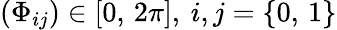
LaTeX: (\Phi_{ij})\in[0,\, 2\pi],\: i,j=\lbrace 0,\, 1\rbrace